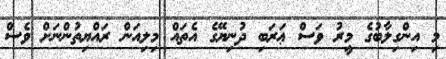
މި އިންގިލާބުގެ މީރު ވަސް ޢަރަބި ދުނިޔޭގެ އެތައް މިލިއަން ރައްޔިތުންނަށް ވެސް